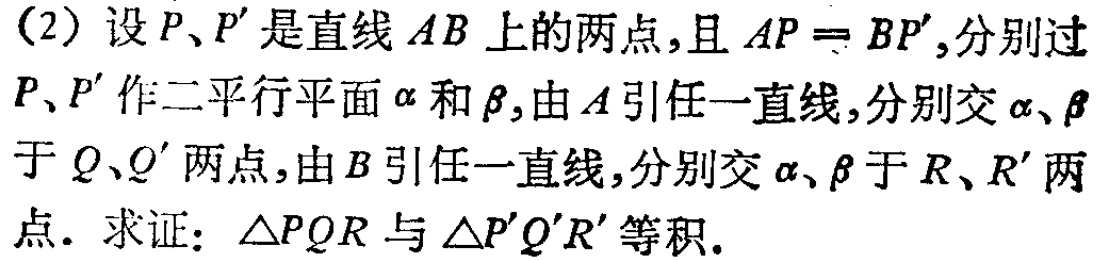
(2) 设 \(P、P'\) 是直线 \(AB\) 上的两点,且 \(AP = BP'\),分别过 \(P、P'\) 作二平行平面 \(\alpha\) 和 \(\beta\),由 \(A\) 引任一直线,分别交 \(\alpha、\beta\) 于 \(Q、Q'\) 两点,由 \(B\) 引任一直线,分别交 \(\alpha、\beta\) 于 \(R、R'\) 两点. 求证: \(\triangle PQR\) 与 \(\triangle P'Q'R'\) 等积.